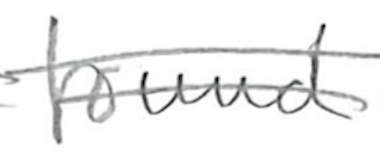
Text: found
Cross-out: double-line
Writing tool: pencil